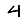
Digit: 4